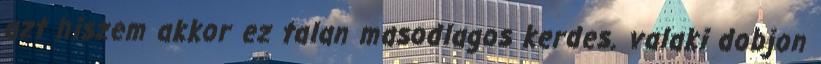
azt hiszem akkor ez talan masodlagos kerdes. valaki dobjon